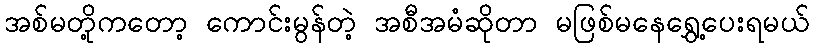
အစ်မတို့ကတော့ ကောင်းမွန်တဲ့ အစီအမံဆိုတာ မဖြစ်မနေရွှေ့ပေးရမယ်